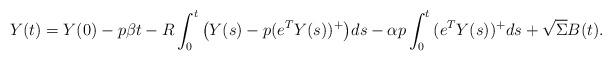
LaTeX: \begin{align*}Y(t) = Y(0) - p \beta t - R \int_0^t{\big(Y(s) -p(e^{T}Y(s))^+\big) ds} - \alpha p \int_0^t {(e^{T}Y(s))^+ds} + \sqrt{\Sigma} B(t). \end{align*}